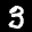
Label: 3